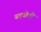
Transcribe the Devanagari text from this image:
बड़बोली